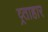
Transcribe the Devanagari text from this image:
व्र्ताहार